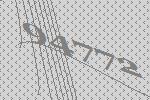
94772